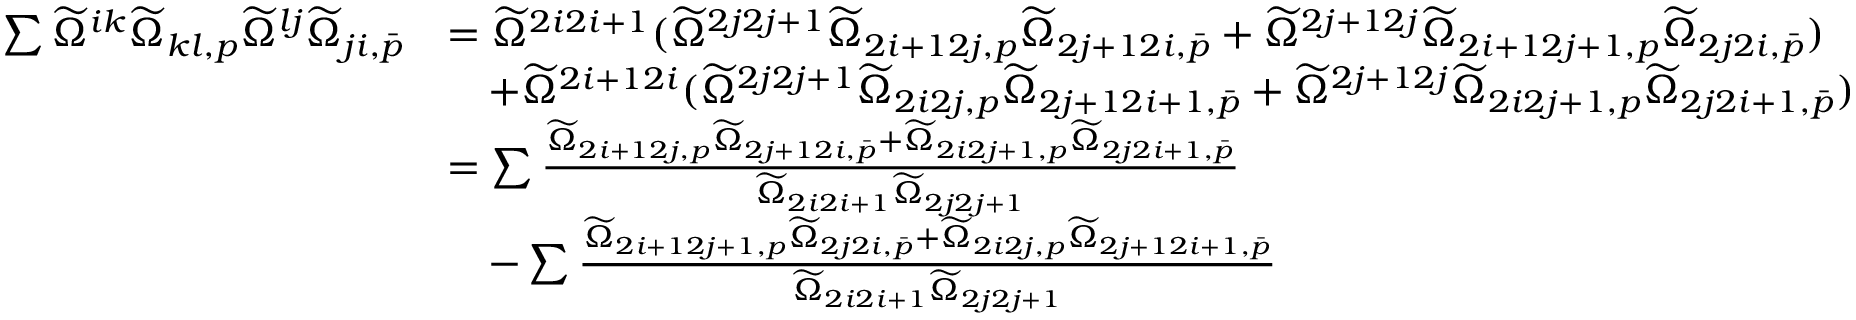
\begin{array} { r l } { \sum \widetilde { \Omega } ^ { i k } \widetilde { \Omega } _ { k l , p } \widetilde { \Omega } ^ { l j } \widetilde { \Omega } _ { j i , \bar { p } } } & { = \widetilde { \Omega } ^ { 2 i 2 i + 1 } ( \widetilde { \Omega } ^ { 2 j 2 j + 1 } \widetilde { \Omega } _ { 2 i + 1 2 j , p } \widetilde { \Omega } _ { 2 j + 1 2 i , \bar { p } } + \widetilde { \Omega } ^ { 2 j + 1 2 j } \widetilde { \Omega } _ { 2 i + 1 2 j + 1 , p } \widetilde { \Omega } _ { 2 j 2 i , \bar { p } } ) } \\ & { \quad + \widetilde { \Omega } ^ { 2 i + 1 2 i } ( \widetilde { \Omega } ^ { 2 j 2 j + 1 } \widetilde { \Omega } _ { 2 i 2 j , p } \widetilde { \Omega } _ { 2 j + 1 2 i + 1 , \bar { p } } + \widetilde { \Omega } ^ { 2 j + 1 2 j } \widetilde { \Omega } _ { 2 i 2 j + 1 , p } \widetilde { \Omega } _ { 2 j 2 i + 1 , \bar { p } } ) } \\ & { = \sum \frac { \widetilde { \Omega } _ { 2 i + 1 2 j , p } \widetilde { \Omega } _ { 2 j + 1 2 i , \bar { p } } + \widetilde { \Omega } _ { 2 i 2 j + 1 , p } \widetilde { \Omega } _ { 2 j 2 i + 1 , \bar { p } } } { \widetilde { \Omega } _ { 2 i 2 i + 1 } \widetilde { \Omega } _ { 2 j 2 j + 1 } } } \\ & { \quad - \sum \frac { \widetilde { \Omega } _ { 2 i + 1 2 j + 1 , p } \widetilde { \Omega } _ { 2 j 2 i , \bar { p } } + \widetilde { \Omega } _ { 2 i 2 j , p } \widetilde { \Omega } _ { 2 j + 1 2 i + 1 , \bar { p } } } { \widetilde { \Omega } _ { 2 i 2 i + 1 } \widetilde { \Omega } _ { 2 j 2 j + 1 } } } \end{array}